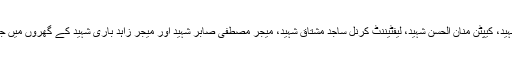
وفد نے لاہور میجر عاطف رسول شہید، کیپٹن منان الحسن شہید، لیفٹیننٹ کرنل ساجد مشتاق شہید، میجر مصطفی صابر شہید اور میجر زاہد باری شہید کے گھروں میں جاکر انکے اہل خانہ سے ملاقات کی۔